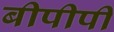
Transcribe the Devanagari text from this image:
बीपीपी